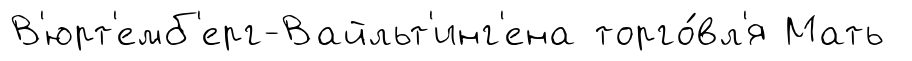
В'юрт'емб'ерг-Вайльт'инг'ена торго́вл'я Мать